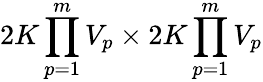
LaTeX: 2K\prod_{p=1}^{m}V_{p}\times 2K\prod_{p=1}^{m}V_{p}